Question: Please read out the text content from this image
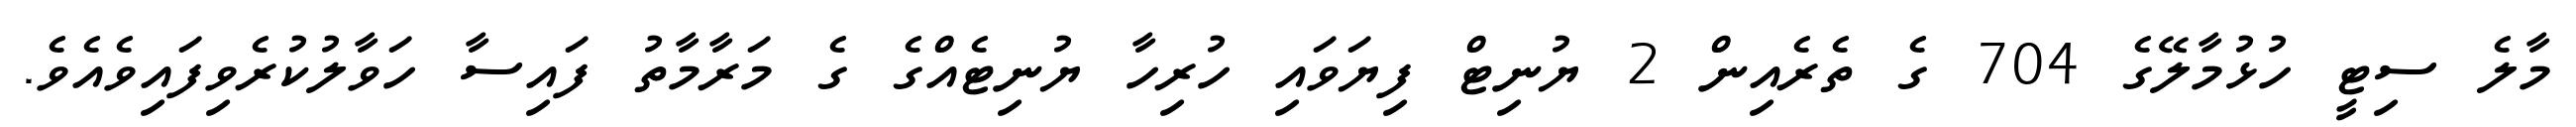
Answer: މާލެ ސިޓީ ހުޅުމާލޭގެ 704 ގެ ތެރެއިން 2 ޔުނިޓް ފިޔަވައި ހުރިހާ ޔުނިޓެއްގެ ގެ މަރާމާތު ފައިސާ ހަވާލުކުރެވިފައިވެއެވެ.